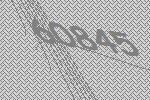
60845